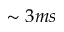
\sim 3 m s